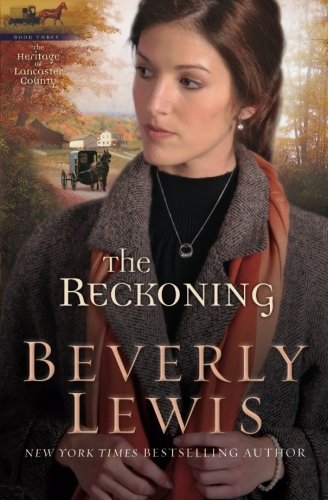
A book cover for The Reckoning (The Heritage of Lancaster County #3) (Volume 3); Beverly Lewis; Christian Books & Bibles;